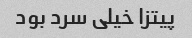
پیتزا خیلی سرد بود